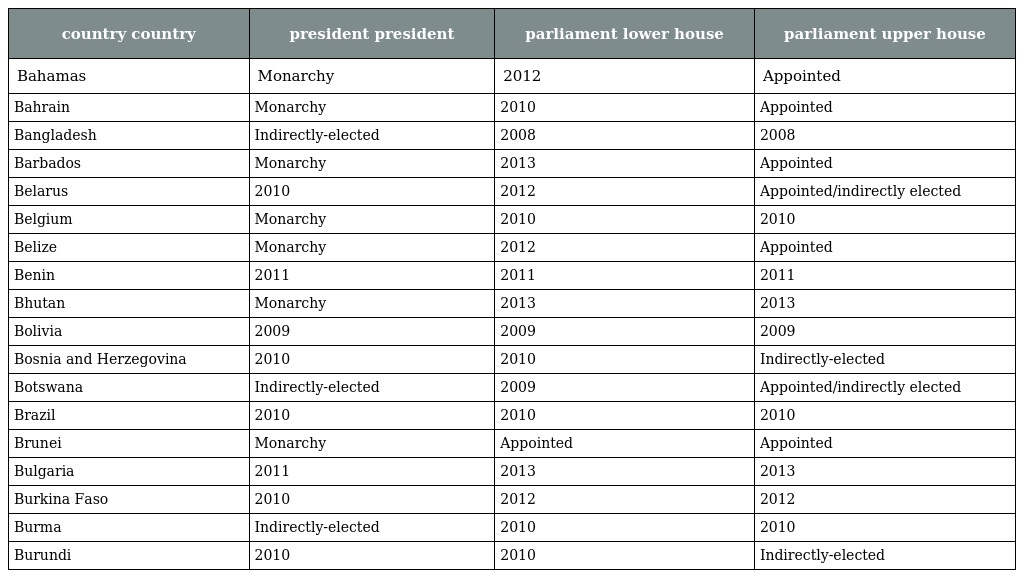
| country country | president president | parliament lower house | parliament upper house |
 | --- | --- | --- | --- |
 | Bahamas | Monarchy | 2012 | Appointed |
 | Bahrain | Monarchy | 2010 | Appointed |
 | Bangladesh | Indirectly-elected | 2008 | 2008 |
 | Barbados | Monarchy | 2013 | Appointed |
 | Belarus | 2010 | 2012 | Appointed/indirectly elected |
 | Belgium | Monarchy | 2010 | 2010 |
 | Belize | Monarchy | 2012 | Appointed |
 | Benin | 2011 | 2011 | 2011 |
 | Bhutan | Monarchy | 2013 | 2013 |
 | Bolivia | 2009 | 2009 | 2009 |
 | Bosnia and Herzegovina | 2010 | 2010 | Indirectly-elected |
 | Botswana | Indirectly-elected | 2009 | Appointed/indirectly elected |
 | Brazil | 2010 | 2010 | 2010 |
 | Brunei | Monarchy | Appointed | Appointed |
 | Bulgaria | 2011 | 2013 | 2013 |
 | Burkina Faso | 2010 | 2012 | 2012 |
 | Burma | Indirectly-elected | 2010 | 2010 |
 | Burundi | 2010 | 2010 | Indirectly-elected |